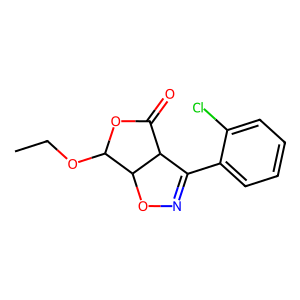
SMILES: CCOC1OC(=O)C2C(c3ccccc3Cl)=NOC12
Inhibits HIV replication: No